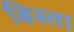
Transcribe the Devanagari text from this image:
बिस्ता